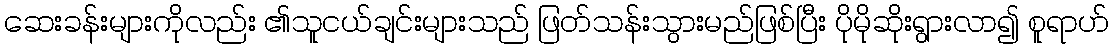
ဆေးခန်းများကိုလည်း ၏သူငယ်ချင်းများသည် ဖြတ်သန်းသွားမည်ဖြစ်ပြီး ပိုမိုဆိုးရွားလာ၍ စူရာဟ်